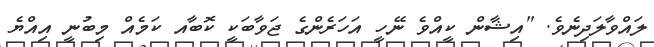
ލައްވާލަދިނެވެ. "އިޝާން ކީއްވެ ނޭހީ އަހަރެންގެ ޖަވާބަކީ ކޮބާއ ކަމެއް މިބުނީ އިއްޔެ